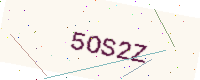
Text: 5OS2Z